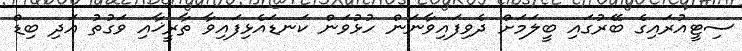
ސިޓީއުރައިގެ ބޭރުގައި ބީލަމަށް ދެވިފައިވާނަން ހުޅުވަން ކަނޑައެޅިފައިވާ ތާރީޚާއި ވަގުތު އަދި ބިޑް